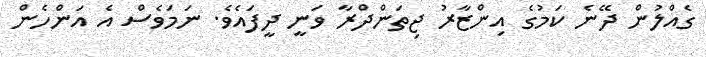
ގެއްލުން ދޭނެ ކަމުގެ އިންޒާރު ޖިތަންދްރާ ވަނީ ދީފައެވެ. ނަމަވެސް އެ އަންހެން